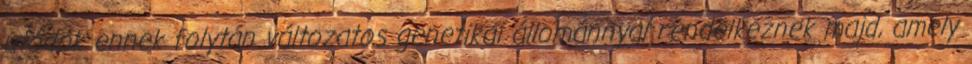
utódok ennek folytán változatos genetikai állománnyal rendelkeznek majd, amely